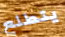
يتطلع